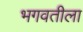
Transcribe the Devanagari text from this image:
भगवतीला